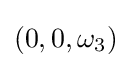
(0,0,\omega _{3})